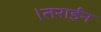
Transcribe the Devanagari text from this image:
।तराईन